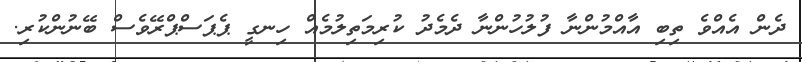
ދެން އެއްވެ ތިބި އާއްމުންނާ ފުލުހުންނާ ދެމެދު ކުރިމަތިލުމެއް ހިނގީ ޕެޕަސްޕްރޭވެސް ބޭނުންކުރި.